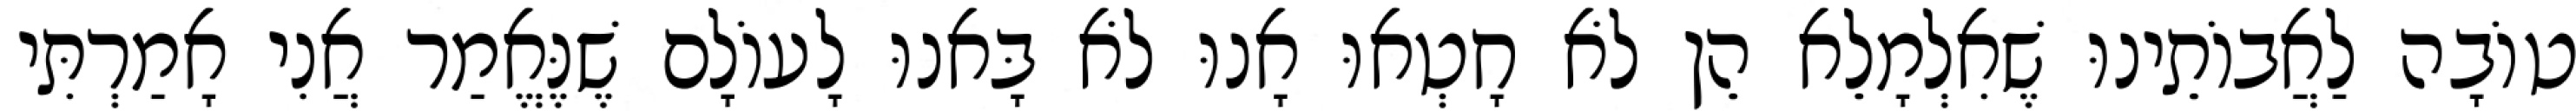
טוֹבָה לַאֲבוֹתֵינוּ שֶׁאִלְמָלֵא הֵן לֹא חָטְאוּ אָנוּ לֹא בָּאנוּ לָעוֹלָם שֶׁנֶּאֱמַר אֲנִי אָמַרְתִּי